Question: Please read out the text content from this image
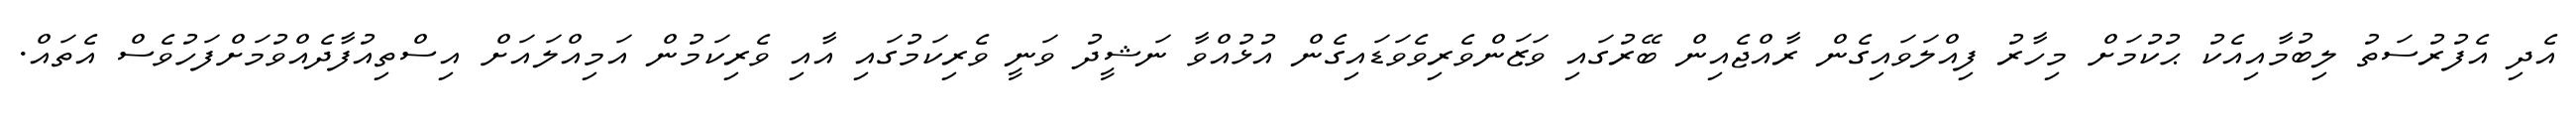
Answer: އެދި އެފުރުސަތު ލިބުމާއިއެކު ޙުކުމަށް މިހާރު ފިއްލަވައިގެން ރާއްޖެއިން ބޭރުގައި ވަޒަންވެރިވެވަޑައިގެން އުޅުއްވާ ނަޝީދު ވަނީ ވެރިކަމުގައި އާއި ވެރިކަމުން އަމިއްލައަށް އިސްތިއުފާދެއްވުމަށްފަހުވެސް އެތައް.